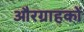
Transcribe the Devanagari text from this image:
औरग्राहकों